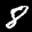
Label: 8